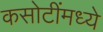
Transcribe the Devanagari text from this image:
कसोटींमध्ये